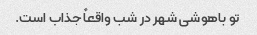
تو باهوشی شهر در شب واقعاً جذاب است.